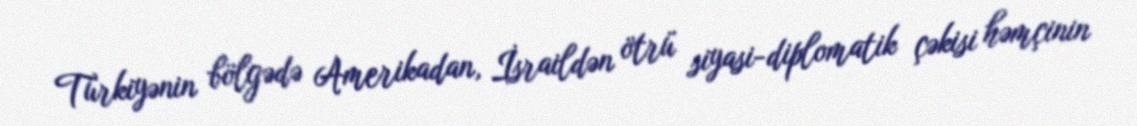
Türkiyənin bölgədə Amerikadan, İsraildən ötrü siyasi-diplomatik çəkisi həmçinin